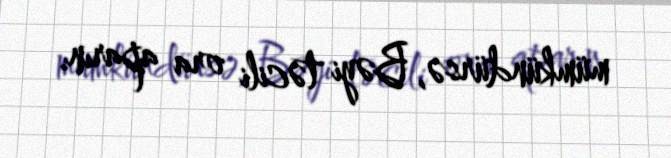
mümkündürsə, Bəyi təcili ora aparın.